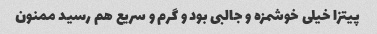
پیتزا خیلی خوشمزه و جالبی بود و گرم و سریع هم رسید ممنون